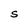
Character: S